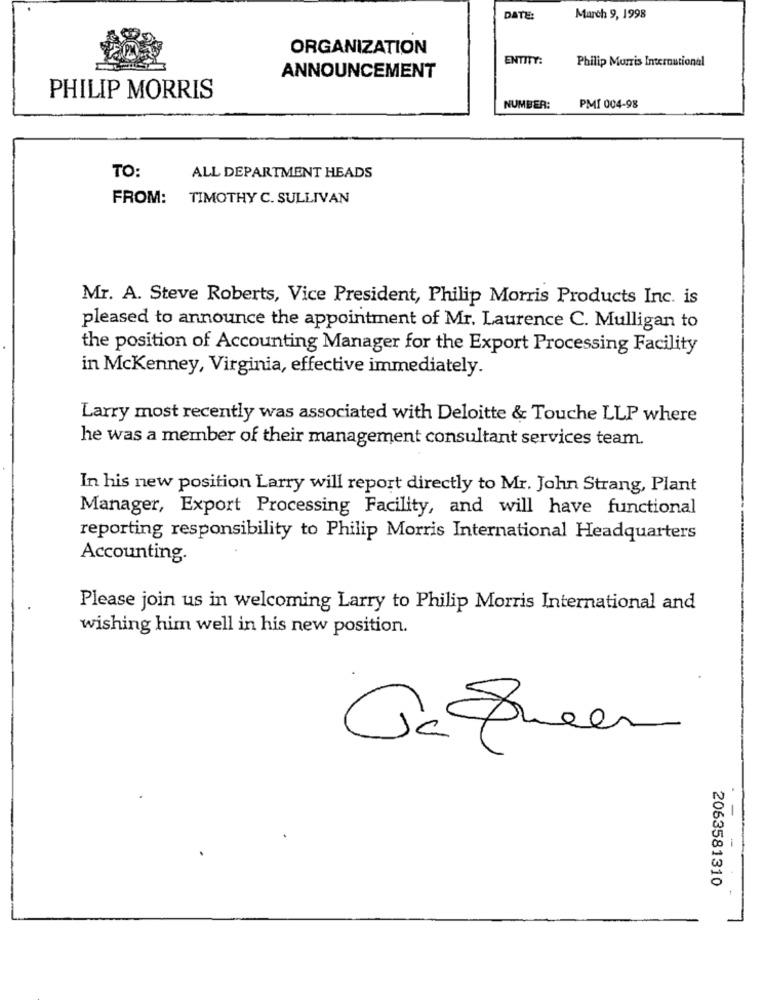
DATE:
March 9, 1998
ORGANIZATION
ENTITY:
Philip Morris International
ANNOUNCEMENT
PHILIP MORRIS
NUMBER:
PMI 004-98
TO:
ALL DEPARTMENT HEADS
FROM: TIMOTHY C. SULLIVAN
Mr. A. Steve Roberts, Vice President, Philip Morris Products Inc. is
pleased to announce the appointment of Mr. Laurence C. Mulligan to
the position of Accounting Manager for the Export Processing Facility
in McKenney, Virginia, effective immediately.
Larry most recently was associated with Deloitte & Touche LLP where
he was a member of their management consultant services team.
In his new position Larry will report directly to Mr. John Strang, Plant
Manager, Export Processing Facility, and will have functional
reporting responsibility to Philip Morris International Headquarters
Accounting.
Please join us in welcoming Larry to Philip Morris International and
wishing him well in his new position.
Ocqueen
2063581310